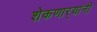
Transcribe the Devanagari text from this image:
शेकणार्‍यांनी